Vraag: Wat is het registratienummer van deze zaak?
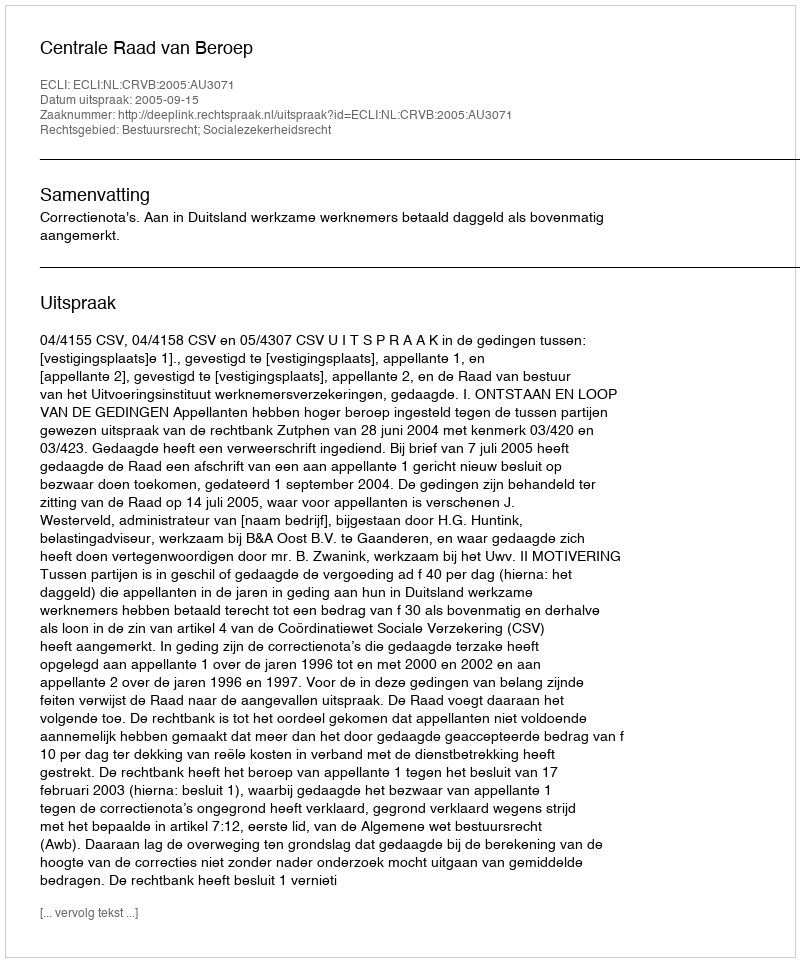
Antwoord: http://deeplink.rechtspraak.nl/uitspraak?id=ECLI:NL:CRVB:2005:AU3071